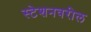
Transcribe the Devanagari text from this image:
स्टेशनवरील